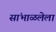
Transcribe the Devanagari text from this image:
सांभाळलेला